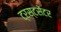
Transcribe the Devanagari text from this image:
ट्रस्टसेंटर